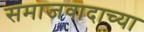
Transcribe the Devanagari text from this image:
समाजवादाच्या